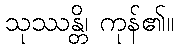
သုဿန္တိ၊ ကုန်၏။